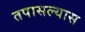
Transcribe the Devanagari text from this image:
तपासल्यास